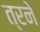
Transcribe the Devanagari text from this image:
त्रने